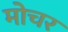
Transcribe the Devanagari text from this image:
मोचर